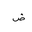
Letter: _dad